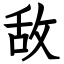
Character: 敌